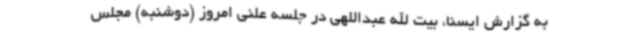
به گزارش ایسنا، بیت الله عبداللهی در جلسه علنی امروز (دوشنبه) مجلس